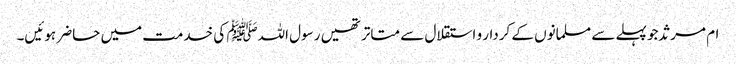
ام مرثد جو پہلے سے مسلمانوں کے کردار و استقلال سے متاتر تھیں رسول اللہﷺ کی خدمت میں حاضر ہوئیں۔